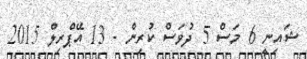
ޝައިނީ 6 މަސް 5 ދުވަސް ކުރިން - 13 އޭޕްރިލް 2015